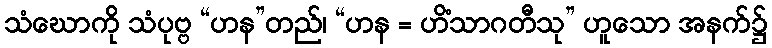
သံဃောကို သံပုဗ္ဗ “ဟန”တည်၊ “ဟန = ဟိံသာဂတီသု” ဟူသော အနက်၌